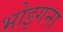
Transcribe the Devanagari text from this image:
भोइगना